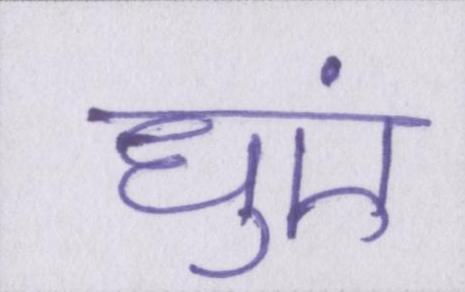
धुएं